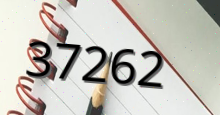
37262